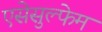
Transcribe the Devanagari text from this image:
एसेसुल्फेम